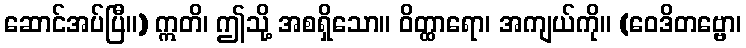
ဆောင်အပ်ပြီ။) ဣတိ၊ ဤသို့ အစရှိသော။ ဝိတ္ထာရော၊ အကျယ်ကို။ (ဝေဒိတဗ္ဗော၊